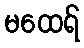
မထေရ်